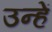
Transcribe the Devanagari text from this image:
उन्हें